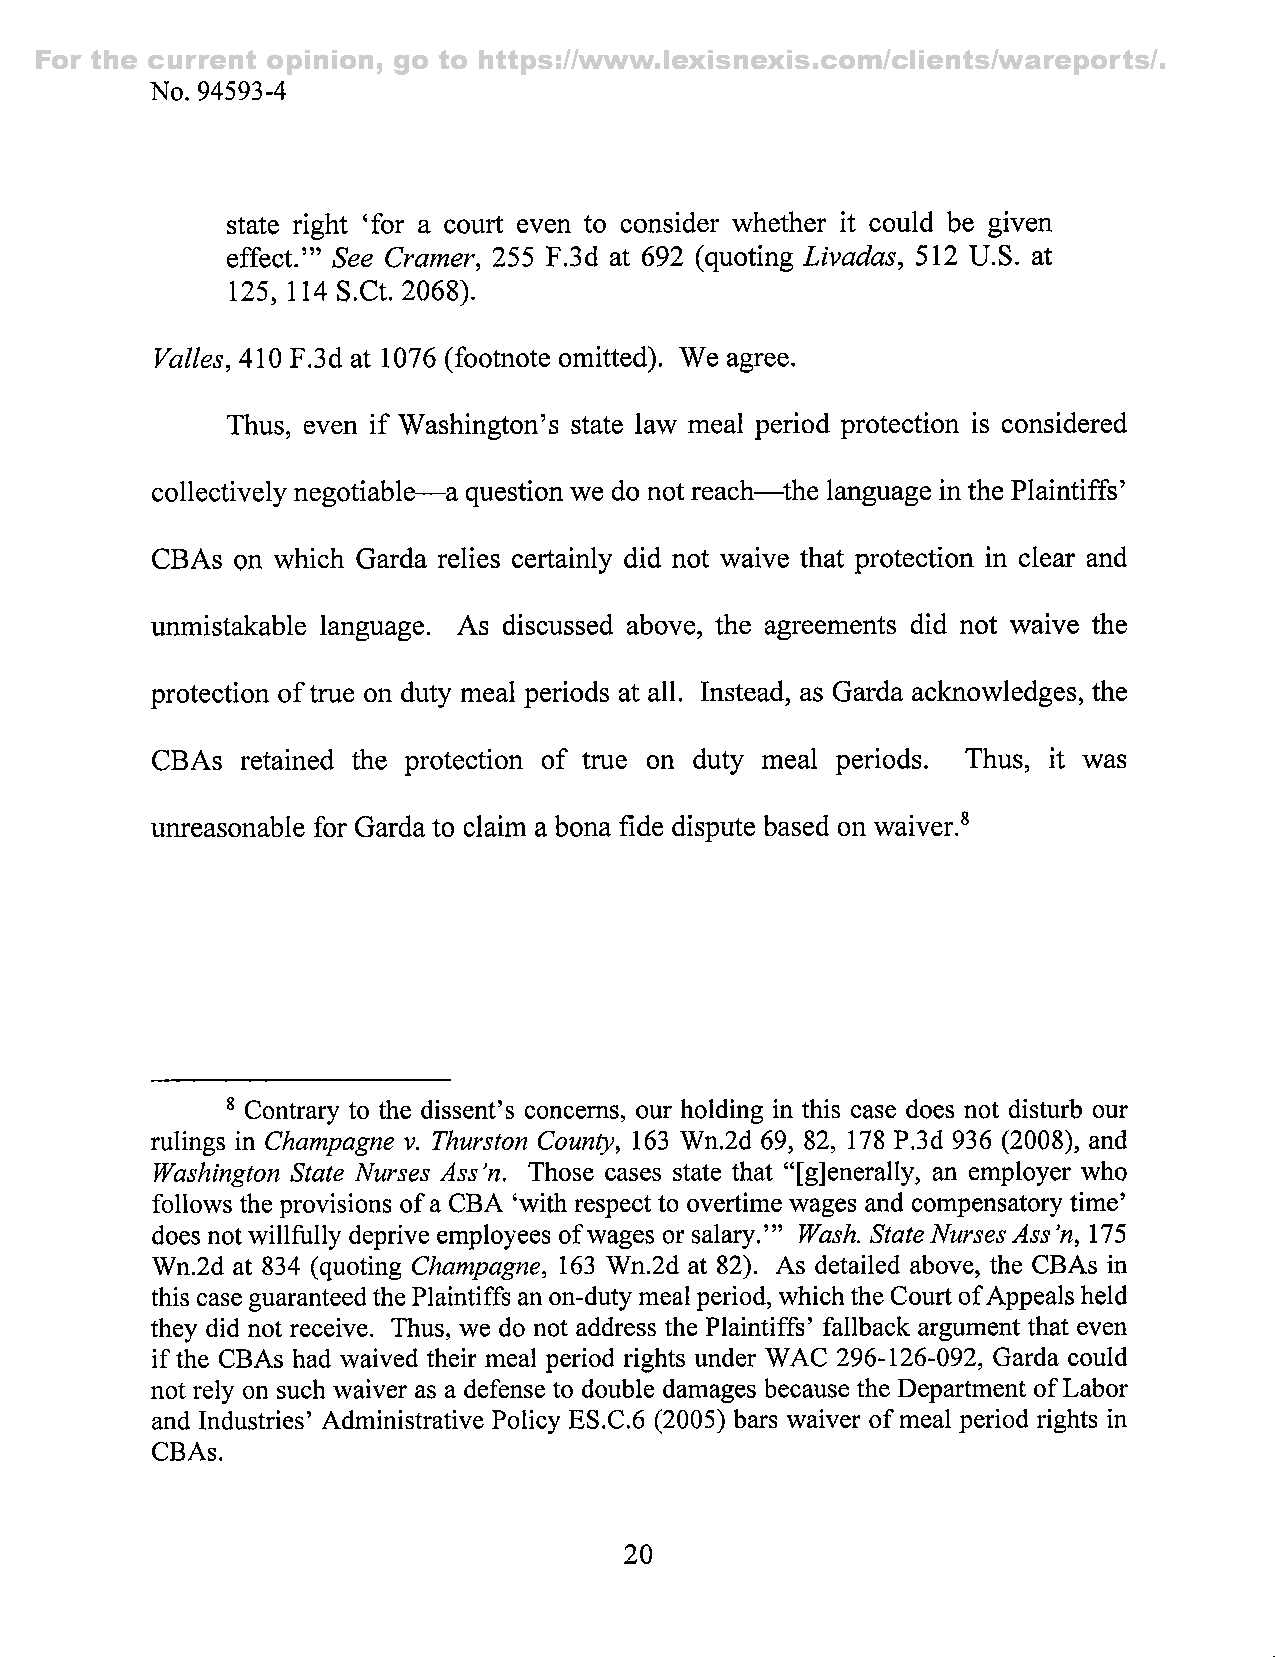
For the current opinion, go to https://www.lexisnexis.com/clients/wareports/.
 No. 94593-4
 state right 'for a court even to consider whether it could be given
 effect.'" See Cramer, 255 F.3d at 692 (quoting Livadas, 512 U.S. at
 125, 114S.Ct. 2068).
 Valles, 410 F.3d at 1076 (footnote omitted). We agree.
 Thus, even if Washington's state law meal period protection is considered
 collectively negotiable—a question we do not reach—^the language in the Plaintiffs'
 CBAs on which Garda relies certainly did not waive that protection in clear and
 unmistakable language. As discussed above, the agreements did not waive the
 protection of true on duty meal periods at all. Instead, as Garda acknowledges, the
 CBAs  retained the protection of true on duty meal periods. Thus, it was
 unreasonable for Garda to claim a bona fide dispute based on waiver.^
 ® Contrary to the dissent's concems, our holding in this case does not disturb our
 rulings in Champagne v. Thurston County, 163 Wn.2d 69, 82, 178 P.3d 936 (2008), and
 Washington State Nurses Ass'n. Those cases state that "[g]enerally, an employer who
 follows the provisions of a CBA 'with respect to overtime wages and compensatory time'
 does not willfully deprive employees of wages or salary.'" Wash. State Nurses Ass' n, 175
 Wn.2d at 834 (quoting Champagne, 163 Wn.2d at 82). As detailed above, the CBAs in
 this case guaranteed the Plaintiffs an on-duty meal period, which the Court of Appeals held
 they did not receive. Thus, we do not address the Plaintiffs' fallback argument that even
 if the CBAs had waived their meal period rights under WAC 296-126-092, Garda could
 not rely on such waiver as a defense to double damages because the Department of Labor
 and Industries' Administrative Policy ES.C.6 (2005) bars waiver of meal period rights in
 CBAs.
 20